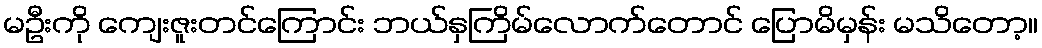
မဦးကို ကျေးဇူးတင်ကြောင်း ဘယ်နှကြိမ်လောက်တောင် ပြောမိမှန်း မသိတော့။